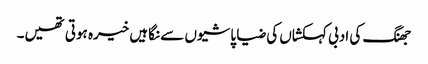
جھنگ کی ادبی کہکشاں کی ضیا پاشیوں سے نگاہیں خیرہ ہوتی تھیں۔